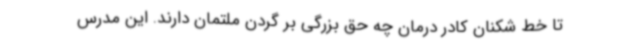
تا خط شکنان کادر درمان چه حق بزرگی بر گردن ملتمان دارند. این مدرس